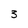
Character: 3